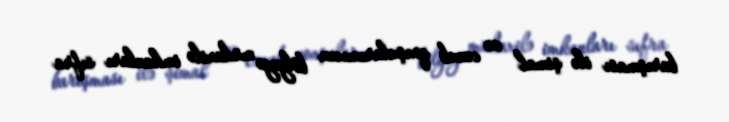
barışması ilə şimal və cənub qonşularımızın bölgəyə müdaxilə imkanları sıfra